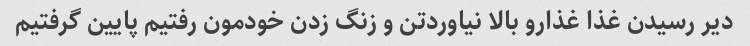
دیر رسیدن غذا غذارو بالا نیاوردتن و زنگ زدن خودمون رفتیم پایین گرفتیم